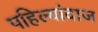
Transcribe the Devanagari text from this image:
पहिल्यांदाज